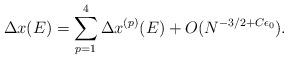
LaTeX: \begin{align*} \Delta x(E)=\sum_{p=1}^4 \Delta x^{(p)}(E)+O(N^{-3/2+C\epsilon_0}).\end{align*}